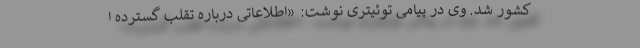
کشور شد. وی در پیامی توئیتری نوشت: «اطلاعاتی درباره تقلب گسترده ا